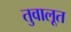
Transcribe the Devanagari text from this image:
तुवालूत